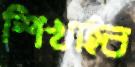
শিখাইব